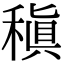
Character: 稹